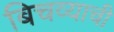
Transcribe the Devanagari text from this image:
बिचव्याची